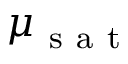
\mu _ { \mathrm { ~ s ~ a ~ t ~ } }